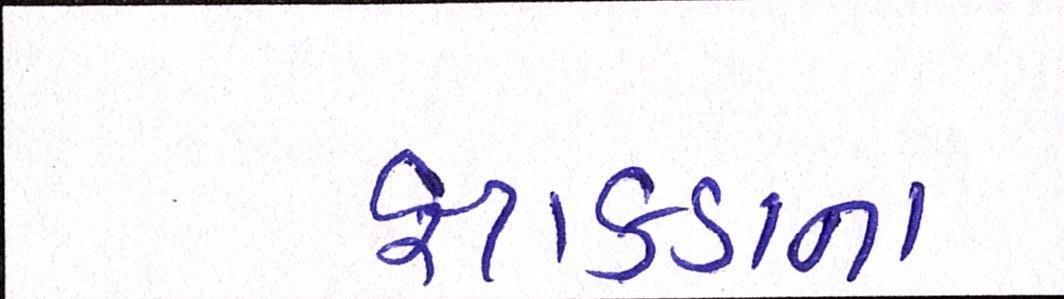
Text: ફટાકડાના